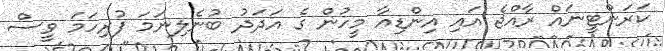
ކަރަންޓީނަައް ރާއްޖެ އައި އިންޑިއާ މީހުން ގެ އަދަދު ބުނެލިނަމަ ފުރިހަމަ ވީސް